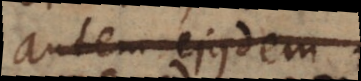
autem ejusdem